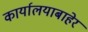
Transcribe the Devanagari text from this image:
कार्यालयाबाहेर